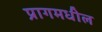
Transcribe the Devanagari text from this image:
प्रागमधील